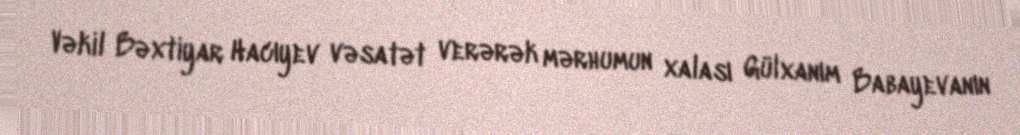
Vəkil Bəxtiyar Hacıyev vəsatət verərək mərhumun xalası Gülxanım Babayevanın